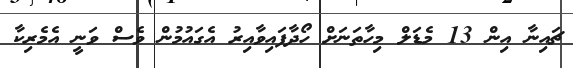
ޗައިނާ އިން 13 މެޑަލް މިހާތަނަށް ހޯދާފައިވާއިރު އެގައުމުން ވެސް ވަނީ އެމެރިކާ